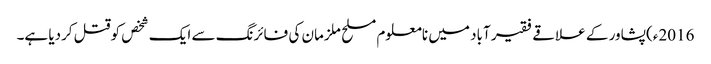
2016ء)پشاور کے علاقے فقیر آباد میں نامعلوم مسلح ملزمان کی فائرنگ سے ایک شخص کوقتل کردیا ہے۔